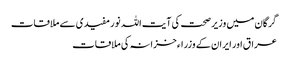
گرگان میں وزیر صحت کی آیت اللہ نور مفیدی سے ملاقات
عراق اور ایران کے وزراء خزانہ کی ملاقات